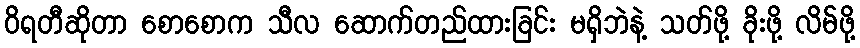
ဝိရတီဆိုတာ စောစောက သီလ ဆောက်တည်ထားခြင်း မရှိဘဲနဲ့ သတ်ဖို့ ခိုးဖို့ လိမ်ဖို့